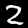
Label: 2